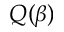
Q ( \beta )